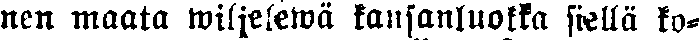
nen maata wiljelewä kansanluokka siellä ko-